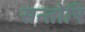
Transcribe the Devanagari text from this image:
सन्तोषि